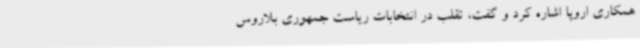
همکاری اروپا اشاره کرد و گفت، تقلب در انتخابات ریاست جمهوری بلاروس